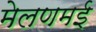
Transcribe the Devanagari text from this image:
मेलणमई